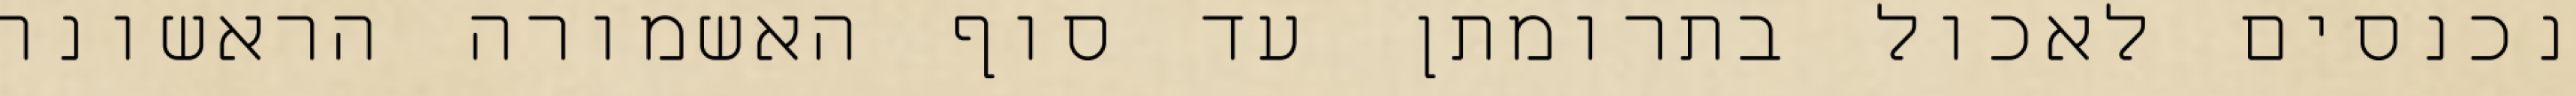
נכנסים לאכול בתרומתן עד סוף האשמורה הראשונה